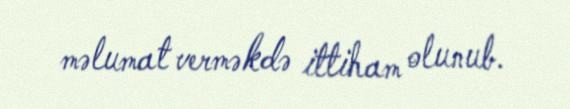
məlumat verməkdə ittiham olunub.